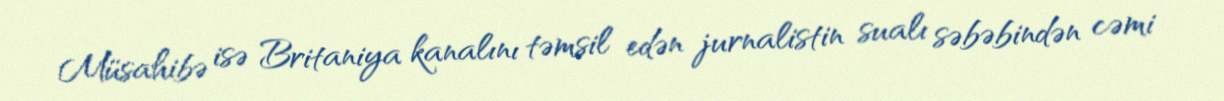
Müsahibə isə Britaniya kanalını təmsil edən jurnalistin sualı səbəbindən cəmi